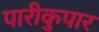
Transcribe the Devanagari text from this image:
पारीकुपार